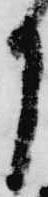
月